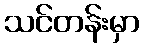
သင်တန်းမှာ